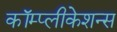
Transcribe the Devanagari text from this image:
कॉम्प्लीकेशन्स